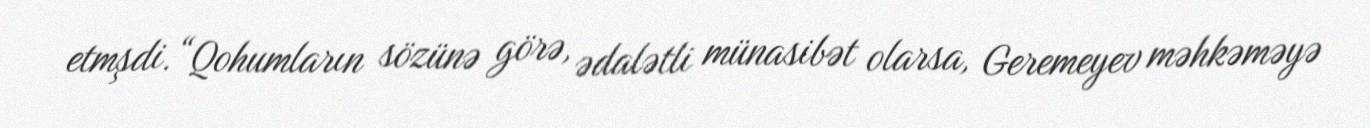
etmşdi.“Qohumların sözünə görə, ədalətli münasibət olarsa, Geremeyev məhkəməyə